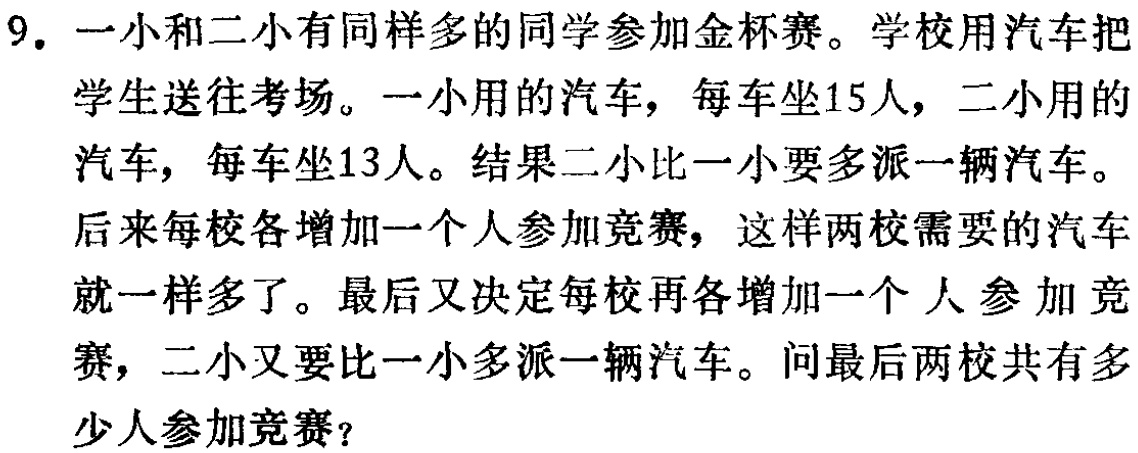
9. 一小和二小有同样多的同学参加金杯赛。学校用汽车把学生送往考场。一小用的汽车，每车坐15人，二小用的汽车，每车坐13人。结果二小比一小要多派一辆汽车。后来每校各增加一个人参加竞赛，这样两校需要的汽车就一样多了。最后又决定每校再各增加一个人参加竞赛，二小又要比一小多派一辆汽车。问最后两校共有多少人参加竞赛？